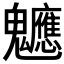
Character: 𮫪